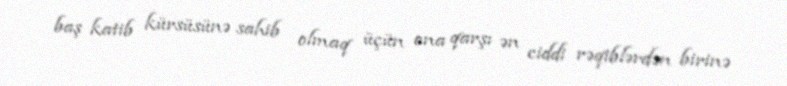
baş katib kürsüsünə sahib olmaq üçün ona qarşı ən ciddi rəqiblərdən birinə